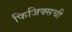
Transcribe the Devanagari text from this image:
फिजिक्सची